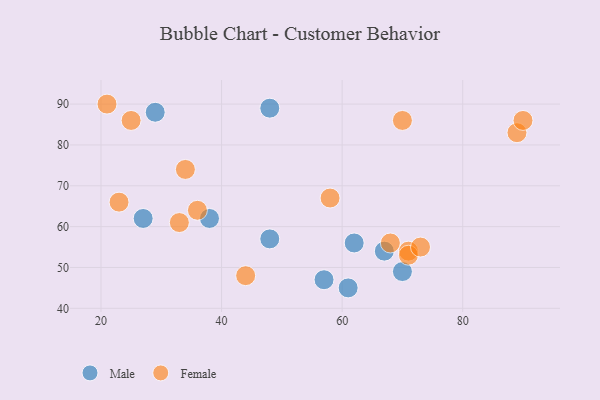
{"axis": {"x": "GDP", "y": "Life Expectancy"}, "legend": ["Female", "Male"], "data": [{"x": "48", "y": 89, "type": "Male"}, {"x": "61", "y": 45, "type": "Male"}, {"x": "29", "y": 88, "type": "Male"}, {"x": "70", "y": 49, "type": "Male"}, {"x": "38", "y": 62, "type": "Male"}, {"x": "67", "y": 54, "type": "Male"}, {"x": "48", "y": 57, "type": "Male"}, {"x": "62", "y": 56, "type": "Male"}, {"x": "27", "y": 62, "type": "Male"}, {"x": "57", "y": 47, "type": "Male"}, {"x": "71", "y": 54, "type": "Female"}, {"x": "44", "y": 48, "type": "Female"}, {"x": "23", "y": 66, "type": "Female"}, {"x": "68", "y": 56, "type": "Female"}, {"x": "34", "y": 74, "type": "Female"}, {"x": "71", "y": 53, "type": "Female"}, {"x": "73", "y": 55, "type": "Female"}, {"x": "89", "y": 83, "type": "Female"}, {"x": "33", "y": 61, "type": "Female"}, {"x": "90", "y": 86, "type": "Female"}, {"x": "36", "y": 64, "type": "Female"}, {"x": "25", "y": 86, "type": "Female"}, {"x": "70", "y": 86, "type": "Female"}, {"x": "21", "y": 90, "type": "Female"}, {"x": "58", "y": 67, "type": "Female"}]}